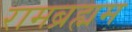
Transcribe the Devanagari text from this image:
रामब्रह्मम